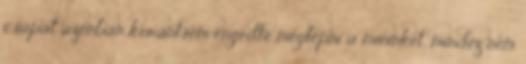
csapat azonban korántsem engedte meglépni a mieinket, mindez nem